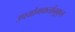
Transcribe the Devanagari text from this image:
उपयोगकर्तानुकुल